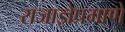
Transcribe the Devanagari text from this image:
राजाज्ञेप्रमाणे